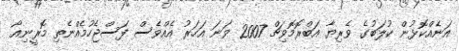
އަނެއްކޮޅުން ކުލަބުގެ ވެރިޔާ އަބްރޮމޮވިޗް 2007 ވަނަ އަހަރު އެއްވެސް ފަސްޖެހުމެއްނެތި މޮރީނިއޯ